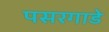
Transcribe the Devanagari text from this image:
पसरगाडे